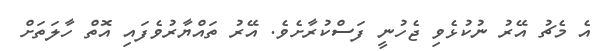
އެ މެޗު އޭރު ނުކުޅެވި ޖެހުނީ ފަސްކުރާށެވެ. އޭރު ތައްޔާރުވެފައި އޮތް ހާލަތަށް